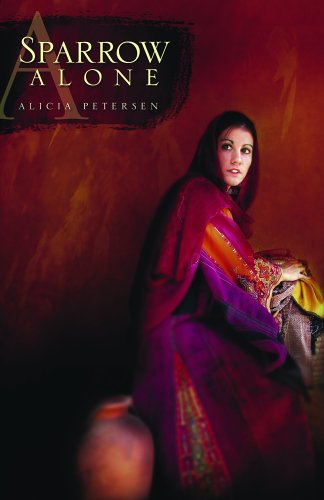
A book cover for A Sparrow Alone; Alicia Petersen; Teen & Young Adult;